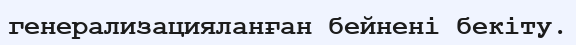
генерализацияланған бейнені бекіту.